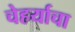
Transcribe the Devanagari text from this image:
चेहर्याचा